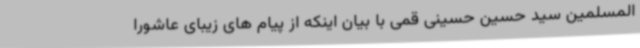
المسلمین سید حسین حسینی قمی با بیان اینکه از پیام های زیبای عاشورا